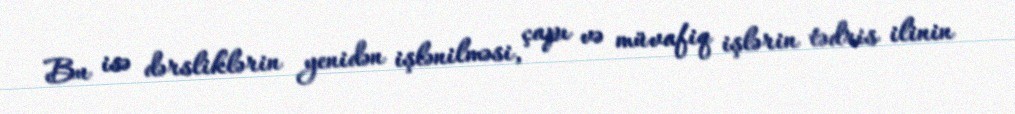
Bu isə dərsliklərin yenidən işlənilməsi, çapı və müvafiq işlərin tədris ilinin